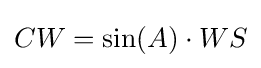
CW=\sin(A)\cdot WS